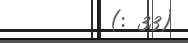
(: 33)